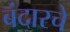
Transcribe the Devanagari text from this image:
बंदारचे